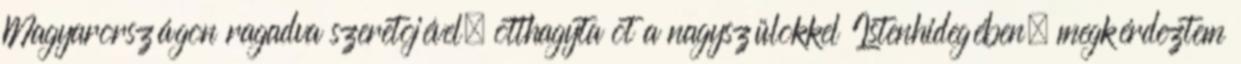
Magyarországon ragadva szeretõjével, otthagyta õt a nagyszülõkkel Istenhidegében, megkérdeztem